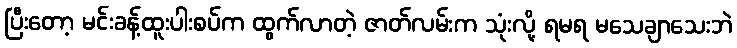
ပြီးတော့ မင်းခန့်ထူးပါးစပ်က ထွက်လာတဲ့ ဇာတ်လမ်းက သုံးလို့ ရမရ မသေချာသေးဘဲ